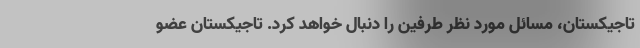
تاجیکستان، مسائل مورد نظر طرفین را دنبال خواهد کرد. تاجیکستان عضو